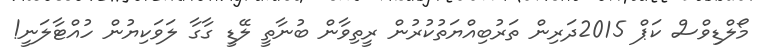
މޯލްޑިވްސް ކަޕް 2015ދަރިން ތަރުބިއްޔަތުކުރުން ރީތިވާން ބުނާތީ ލޭޑީ ގާގާ ލަވަކިޔުން ހުއްޓާލަނީ!